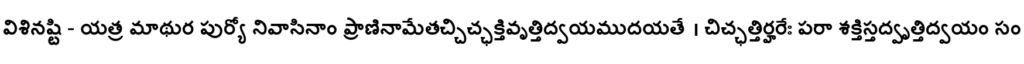
విశినష్టి - యత్ర మాథుర పుర్యో నివాసినాం ప్రాణినామేతచ్చిచ్ఛక్తివృత్తిద్వయముదయతే । చిచ్ఛత్తిర్హరేః పరా శక్తిస్తద్వృత్తిద్వయం సం